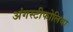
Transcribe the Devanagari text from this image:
अंगस्टीफोलिया